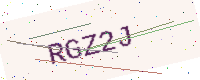
Text: RGZ2J